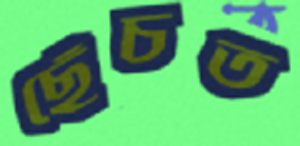
ছেঁচত